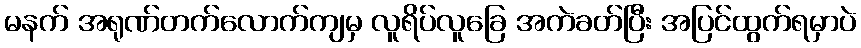
မနက် အရုဏ်တက်လောက်ကျမှ လူရိပ်လူခြေ အကဲခတ်ပြီး အပြင်ထွက်ရမှာပဲ